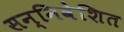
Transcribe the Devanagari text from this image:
सन्निवेशित